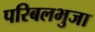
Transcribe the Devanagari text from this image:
परिबलभुजा